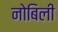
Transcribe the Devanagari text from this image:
नोबिली